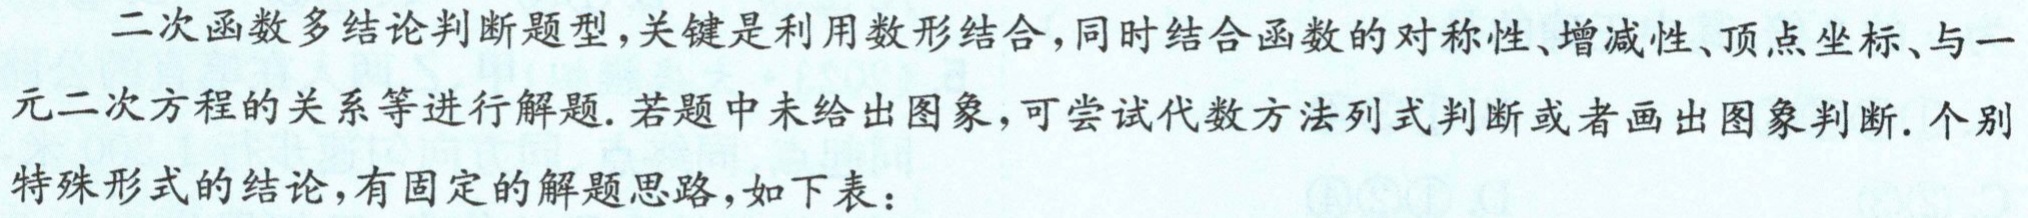
二次函数多结论判断题型,关键是利用数形结合,同时结合函数的对称性、增减性、顶点坐标、与一元二次方程的关系等进行解题.若题中未给出图象,可尝试代数方法列式判断或者画出图象判断.个别特殊形式的结论,有固定的解题思路,如下表：